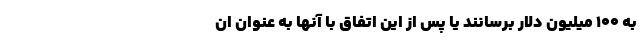
به ۱۰۰ میلیون دلار برسانند یا پس از این اتفاق با آنها به عنوان ان